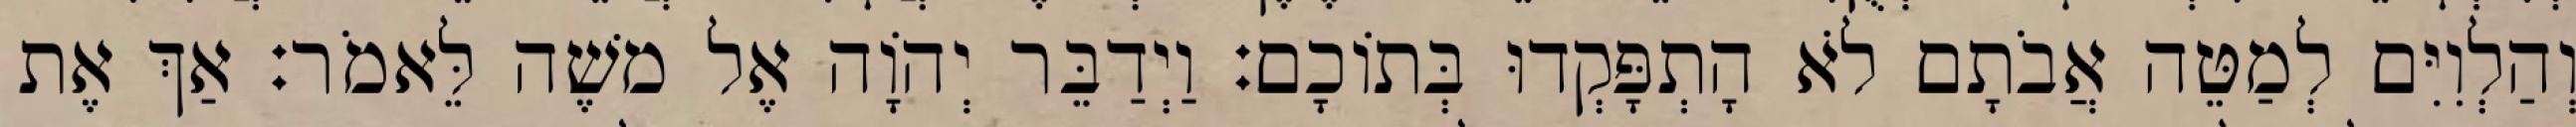
וְהַלְוִיִּם לְמַטֵּה אֲבֹתָם לֹא הָתְפָּקְדוּ בְּתוֹכָם׃ וַיְדַבֵּר יְהוָֹה אֶל משֶׁה לֵּאמֹר׃ אַךְ אֶת